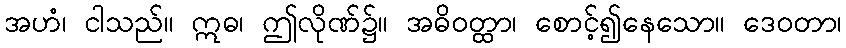
အဟံ၊ ငါသည်။ ဣဓ၊ ဤလိုဏ်၌။ အဓိဝတ္ထာ၊ စောင့်၍နေသော။ ဒေဝတာ၊